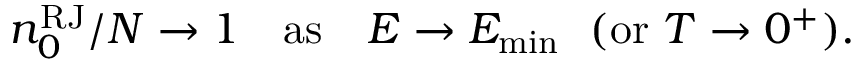
\begin{array} { r } { n _ { 0 } ^ { \mathrm { R J } } / N \to 1 \quad \mathrm { a s } \quad E \to E _ { \mathrm { m i n } } \ \ ( \mathrm { o r } \ T \to 0 ^ { + } ) . } \end{array}